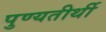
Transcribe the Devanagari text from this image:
पुण्यतीर्थी